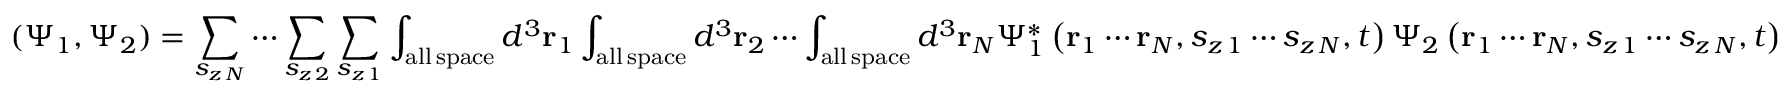
( \Psi _ { 1 } , \Psi _ { 2 } ) = \sum _ { s _ { z \, N } } \cdots \sum _ { s _ { z \, 2 } } \sum _ { s _ { z \, 1 } } \int _ { \mathrm { a l l \, s p a c e } } d ^ { 3 } \mathbf { r } _ { 1 } \int _ { \mathrm { a l l \, s p a c e } } d ^ { 3 } \mathbf { r } _ { 2 } \cdots \int _ { \mathrm { a l l \, s p a c e } } d ^ { 3 } \mathbf { r } _ { N } \Psi _ { 1 } ^ { * } \left( \mathbf { r } _ { 1 } \cdots \mathbf { r } _ { N } , s _ { z \, 1 } \cdots s _ { z \, N } , t \right) \Psi _ { 2 } \left( \mathbf { r } _ { 1 } \cdots \mathbf { r } _ { N } , s _ { z \, 1 } \cdots s _ { z \, N } , t \right)